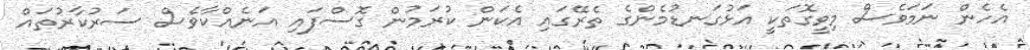
އެހެން ނަމަވެސް މިވީގޮތަކީ އަޅުގަނޑުމެންގެ ތެރޭގައި އެކަން ކުރަމުން ގޮސްފައި އަނެއްކާވެސް ސަރުކާރުތައް